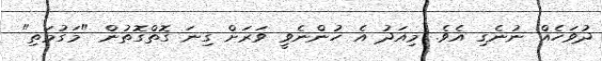
ދުވަހެއް ނުނެގި އެވެ. މިއަދު އެ ހުންނެވީ ވަރަށް ގިނަ ގޮތްގޮތުން "މަގުމަތި"